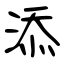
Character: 添